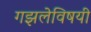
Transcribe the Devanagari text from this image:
गझलेविषयी